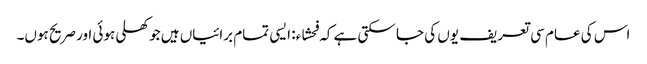
اس کی عام سی تعریف یوں کی جا سکتی ہے کہ فحشاء: ایسی تمام برائیاں ہیں جو کھلی ہوئی اور صریح ہوں۔